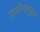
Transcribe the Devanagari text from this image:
उपयोगानुकूल